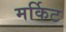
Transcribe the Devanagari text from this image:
मर्किट